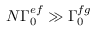
N \Gamma _ { 0 } ^ { e f } \gg \Gamma _ { 0 } ^ { f g }